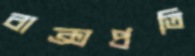
বাক্সপ্রতি